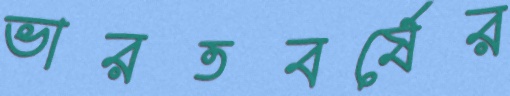
ভারতবর্ষের